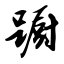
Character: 蹰